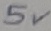
Text: 5V